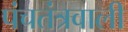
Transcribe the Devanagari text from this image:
पंचतंत्रवाली